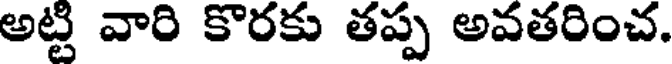
అట్టి వారి కొరకు తప్ప అవతరించ.